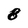
Character: 8